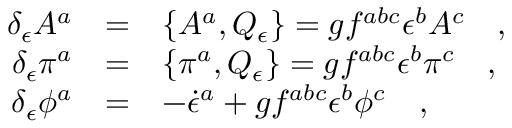
\begin{array} { r c l } { { \delta _ { \epsilon } A ^ { a } } } & { { = } } & { { \{ A ^ { a } , Q _ { \epsilon } \} = g f ^ { a b c } \epsilon ^ { b } A ^ { c } \ \ \ , } } \\ { { \delta _ { \epsilon } \pi ^ { a } } } & { { = } } & { { \{ \pi ^ { a } , Q _ { \epsilon } \} = g f ^ { a b c } \epsilon ^ { b } \pi ^ { c } \ \ \ , } } \\ { { \delta _ { \epsilon } \phi ^ { a } } } & { { = } } & { { - \dot { \epsilon } ^ { a } + g f ^ { a b c } \epsilon ^ { b } \phi ^ { c } \ \ \ , } } \end{array}